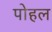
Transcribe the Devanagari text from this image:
पोहल